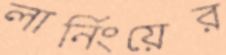
লার্নিংয়ের